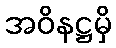
အဝိနဋ္ဌမှိ